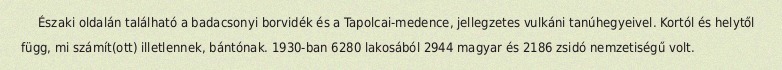
Északi oldalán található a badacsonyi borvidék és a Tapolcai-medence, jellegzetes vulkáni tanúhegyeivel. Kortól és helytől függ, mi számít(ott) illetlennek, bántónak. 1930-ban 6280 lakosából 2944 magyar és 2186 zsidó nemzetiségű volt.